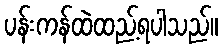
ပန်းကန်ထဲထည့်ရပါသည်။